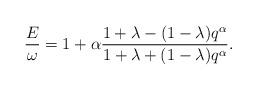
LaTeX: \begin{align*}\frac{E}{\omega}= 1 + \alpha \frac{1+\lambda - (1-\lambda)q^\alpha}{1+\lambda + (1-\lambda)q^\alpha}.\end{align*}